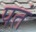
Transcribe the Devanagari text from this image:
पतं